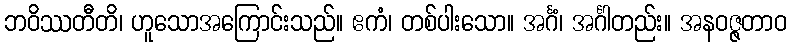
ဘဝိဿတီတိ၊ ဟူသောအကြောင်းသည်။ ဧကံ၊ တစ်ပါးသော။ အင်္ဂံ၊ အင်္ဂါတည်း။ အနဝဇ္ဇတာဝ